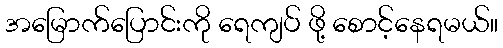
အမြောက်ပြောင်းကို ရေကျပ် ဖို့ စောင့်နေရမယ်။